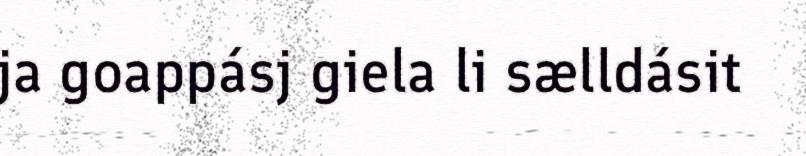
ja goappásj giela li sælldásit